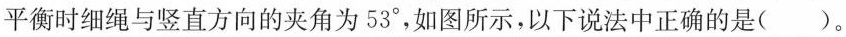
平衡时细绳与竖直方向的夹角为53°，如图所示，一下说法正确的是（）。